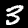
Digit: 3